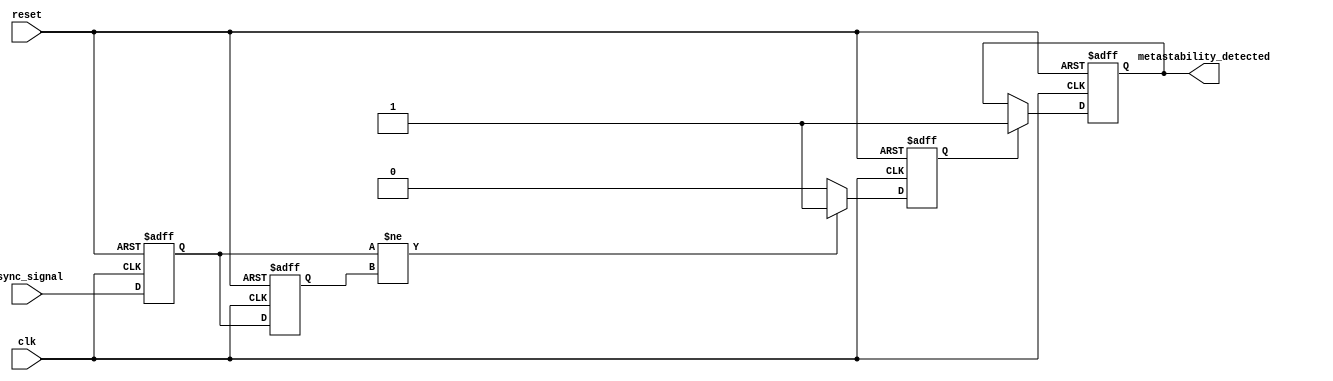
module metastability_detector (
    input wire clk,            // Stable clock signal
    input wire async_signal,   // Asynchronous input signal to be monitored
    input wire reset,          // Reset signal to clear metastability indication
    output reg metastability_detected  // Output signal indicating metastability presence
);

    // Internal signals for storing sampled values
    reg ff1, ff2;            // Flip-flop outputs
    reg pulse;               // Pulse signal

    // Flip-flops for double sampling
    always @(posedge clk or posedge reset) begin
        if (reset) begin
            ff1 <= 1'b0;
            ff2 <= 1'b0;
        end else begin
            ff1 <= async_signal;  // Sample async_signal at clk edge
            ff2 <= ff1;           // Sample ff1 output at next clk edge
        end
    end

    // Pulse generation and metastability detection logic
    always @(posedge clk or posedge reset) begin
        if (reset) begin
            pulse <= 1'b0;
            metastability_detected <= 1'b0;
        end else begin
            // Generate pulse when ff1 and ff2 are different
            if (ff1 != ff2) begin
                pulse <= 1'b1;               // Indicate potential metastability
                metastability_detected <= 1'b1; // Set detected flag
            end else begin
                pulse <= 1'b0;               // Clear pulse
            end

            // Optional: Clear metastability detection after a clock cycle
            if (pulse) begin
                // Pulse duration logic (a single clock cycle for example)
                metastability_detected <= 1'b1;  // Keep detected flag high
            end else begin
                metastability_detected <= metastability_detected; // Maintain state
            end
        end
    end

endmodule